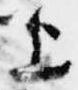
上